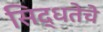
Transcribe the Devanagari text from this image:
सिद्धतेचे